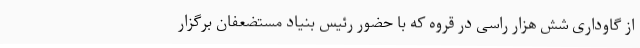
از گاوداری شش هزار راسی در قروه که با حضور رئیس بنیاد مستضعفان برگزار